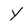
Character: Y